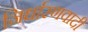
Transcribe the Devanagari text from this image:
निर्धारणवादी